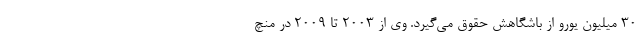
۳۰ میلیون یورو از باشگاهش حقوق می‌گیرد. وی از ۲۰۰۳ تا ۲۰۰۹ در منچ